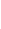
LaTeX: B\! \! \! \! \! \! \! \! \! \! \! \! _{\! }\! \! \! \! \! \! \! \! \! \! \! 0\! \! \! \! \! \! \! \! \! \! \! \! =B\! \! \! \! \! \! \! \! \! \! \! \! _{r\! \! \! \! \! \! \! \! \! \! \! \! _{\! }\! \! \! \! \! \! \! \! \! \! \! 0}\! \! \! \! \! \! \! \! \! \! \! \! (\! \! \! \! \! \! \! \! \! \! \! \! \mathbf{x}\! \! \! \! \! \! \! \! \! \! \! \! _{\! }\! \! \! \! \! \! \! \! \! \! \! 0\! \! \! \! \! \! \! \! \! \! \! \! )\! \! \! \! \! \! \! \! \! \! \! \! .\! \! \! \! \! \! \! \! \! \! \!